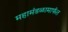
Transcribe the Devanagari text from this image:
महामंडळामार्फत